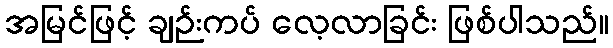
အမြင်ဖြင့် ချဉ်းကပ် လေ့လာခြင်း ဖြစ်ပါသည်။